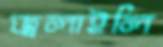
জ্বলাইলি